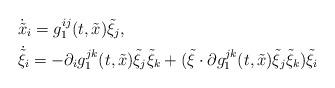
LaTeX: \begin{align*}& \dot {\tilde{x}}_i = g_1^{ij} (t,\tilde x) \tilde{ \xi}_j, \\& \dot {\tilde{\xi}}_i = - \partial_i g_1^{jk}(t, \tilde x) \tilde{\xi}_j \tilde{\xi}_k + (\tilde{\xi}\cdot \partial g_1^{jk}(t,\tilde{x})\tilde{\xi}_j\tilde{\xi}_k)\tilde{\xi}_i \end{align*}